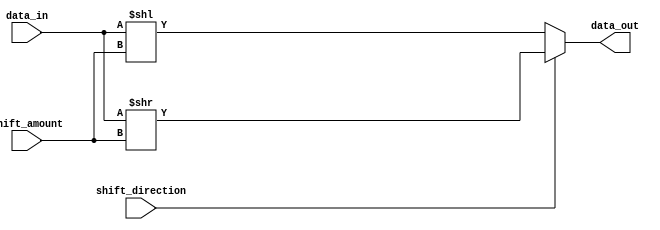
module BarrelShifter (
    input [7:0] data_in,
    input [2:0] shift_amount,
    input shift_direction,
    output reg [7:0] data_out
);

wire [7:0] shifted_data;

assign shifted_data = (shift_direction) ? (data_in >> shift_amount) : (data_in << shift_amount);

always @(*) begin
    data_out = shifted_data;
end

endmodule